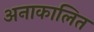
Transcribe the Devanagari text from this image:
अनाकालित